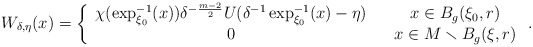
\begin{align*}W_{\delta,\eta} (x)=\left\{ \begin{array}{ccc}\chi(\exp_{\xi_{0}}^{-1}(x))\delta^{-\frac{m-2}{2}}U(\delta^{-1}\exp_{\xi_{0}}^{-1}(x)-\eta) & & x\in B_{g}(\xi_{0},r)\\0 & & x\in M\smallsetminus B_{g}(\xi,r)\end{array}\right..\end{align*}